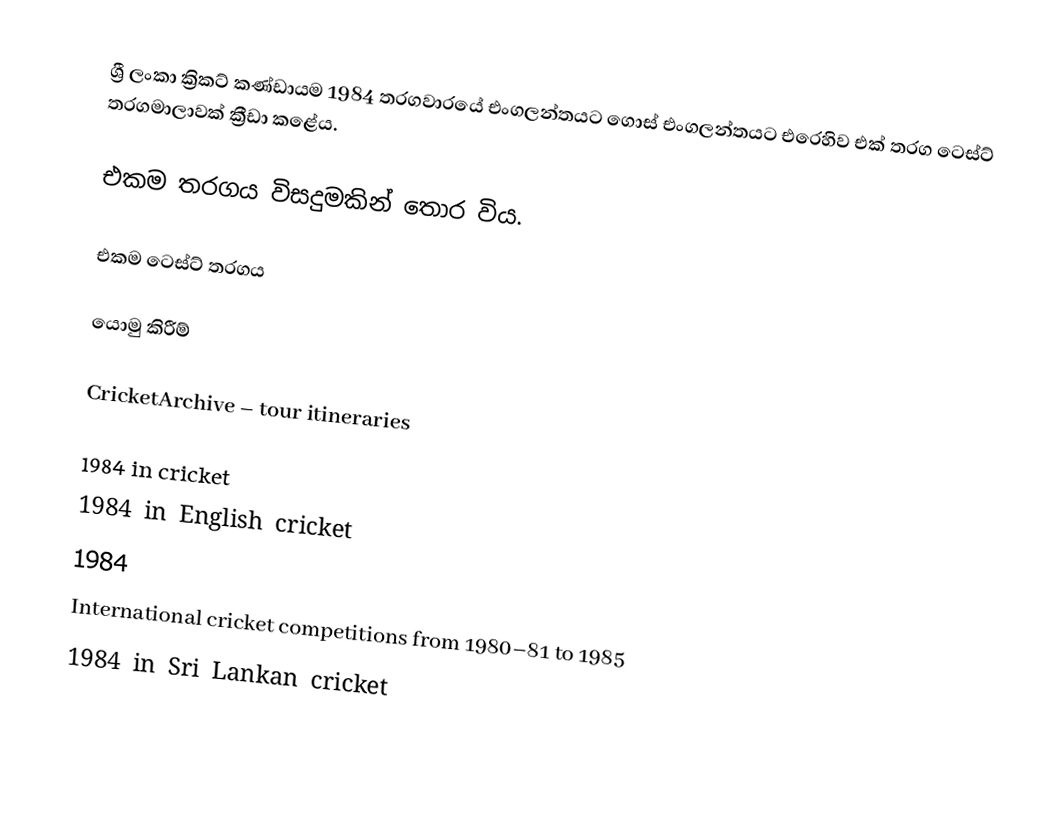
ශ්‍රී ලංකා ක්‍රිකට් කණ්ඩායම 1984 තරගවාරයේ එංගලන්තයට ගොස් එංගලන්තයට එරෙහිව එක් තරග ටෙස්ට් තරගමාලාවක් ක්‍රීඩා කළේය.

එකම තරගය විසදුමකින් තොර විය.

එකම ටෙස්ට් තරගය

යොමු කිරීම්

 CricketArchive – tour itineraries

1984 in cricket
1984 in English cricket
1984
International cricket competitions from 1980–81 to 1985
1984 in Sri Lankan cricket